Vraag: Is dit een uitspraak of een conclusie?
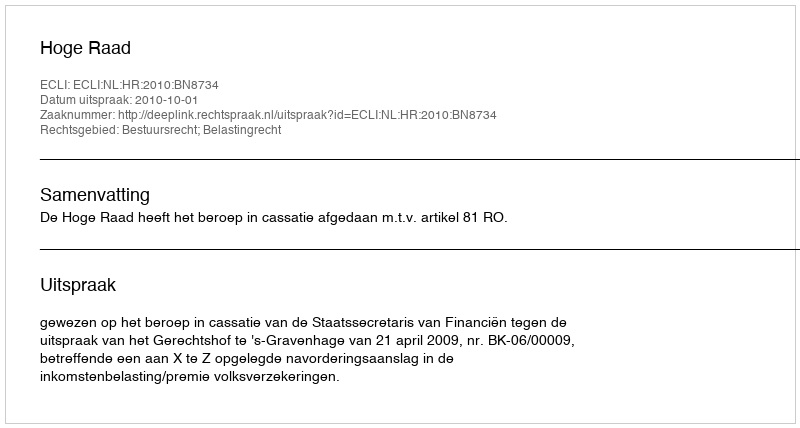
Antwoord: Uitspraak